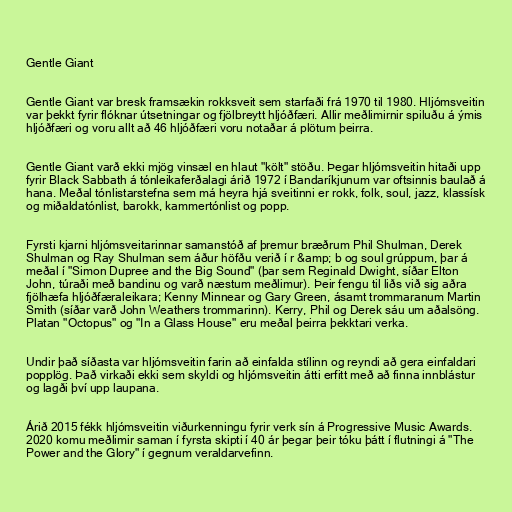
Gentle Giant

Gentle Giant var bresk framsækin rokksveit sem starfaði frá 1970 til 1980. Hljómsveitin
var þekkt fyrir flóknar útsetningar og fjölbreytt hljóðfæri. Allir meðlimirnir spiluðu á ýmis
hljóðfæri og voru allt að 46 hljóðfæri voru notaðar á plötum þeirra.

Gentle Giant varð ekki mjög vinsæl en hlaut "költ" stöðu. Þegar hljómsveitin hitaði upp
fyrir Black Sabbath á tónleikaferðalagi árið 1972 í Bandaríkjunum var oftsinnis baulað á
hana. Meðal tónlistarstefna sem má heyra hjá sveitinni er rokk, folk, soul, jazz, klassísk
og miðaldatónlist, barokk, kammertónlist og popp.

Fyrsti kjarni hljómsveitarinnar samanstóð af þremur bræðrum Phil Shulman, Derek
Shulman og Ray Shulman sem áður höfðu verið í r &amp; b og soul grúppum, þar á
meðal í "Simon Dupree and the Big Sound" (þar sem Reginald Dwight, síðar Elton
John, túraði með bandinu og varð næstum meðlimur). Þeir fengu til liðs við sig aðra
fjölhæfa hljóðfæraleikara; Kenny Minnear og Gary Green, ásamt trommaranum Martin
Smith (síðar varð John Weathers trommarinn). Kerry, Phil og Derek sáu um aðalsöng.
Platan "Octopus" og "In a Glass House" eru meðal þeirra þekktari verka.

Undir það síðasta var hljómsveitin farin að einfalda stílinn og reyndi að gera einfaldari
popplög. Það virkaði ekki sem skyldi og hljómsveitin átti erfitt með að finna innblástur
og lagði því upp laupana.

Árið 2015 fékk hljómsveitin viðurkenningu fyrir verk sín á Progressive Music Awards.
2020 komu meðlimir saman í fyrsta skipti í 40 ár þegar þeir tóku þátt í flutningi á "The
Power and the Glory" í gegnum veraldarvefinn.